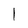
Character: 1